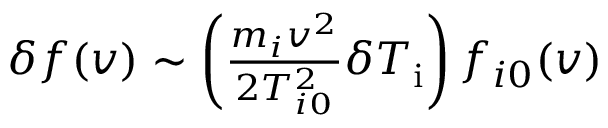
\begin{array} { r } { \delta f ( \boldsymbol { v } ) \sim \left( \frac { m _ { i } \boldsymbol { v } ^ { 2 } } { 2 T _ { i 0 } ^ { 2 } } \delta T _ { \mathrm { i } } \right) f _ { i 0 } ( \boldsymbol { v } ) } \end{array}